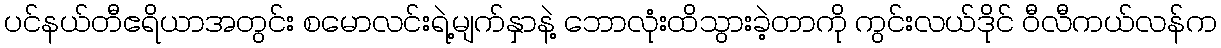
ပင်နယ်တီဧရိယာအတွင်း စမောလင်းရဲ့မျက်နှာနဲ့ ဘောလုံးထိသွားခဲ့တာကို ကွင်းလယ်ဒိုင် ဝီလီကယ်လန်က